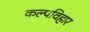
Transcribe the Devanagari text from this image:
कल्पविहार